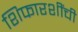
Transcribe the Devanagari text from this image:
शिफारशींची